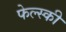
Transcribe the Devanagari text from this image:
फेल्स्की